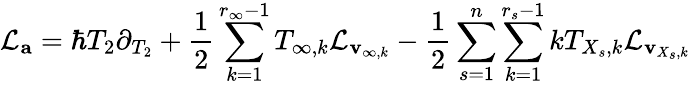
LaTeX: \mathcal{L}_{\mathbf{a}}=\hbar T_{2}\partial_{T_{2}}+\frac{1}{2}\sum_{k=1}^{r_{\infty}-1}T_{\infty,k}\mathcal{L}_{\mathbf{v}_{\infty,k}}-\frac{1}{2}\sum_{s=1}^{n}\sum_{k=1}^{r_{s}-1}kT_{X_{s},k}\mathcal{L}_{\mathbf{v}_{X_{s},k}}